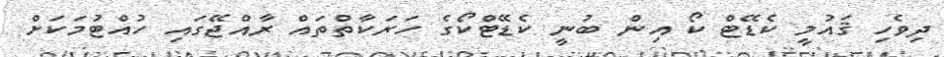
ދިވެހި ޤައުމީ ކެޑޭޓް ކޯ އިން ބުނީ ކެޑޭޓްކޯގެ ހަރަކާތްތައް ރާއްޖޭގައި ހުއްޓުމަކަށް